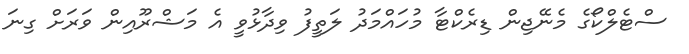
ސްޓެލްކޯގެ މެނޭޖިން ޑިރެކްޓާ މުހައްމަދު ލަތީފު ވިދާޅުވީ އެ މަޝްރޫއިން ވަރަށް ގިނަ